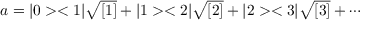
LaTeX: a = | 0 > < 1 | \sqrt { [ 1 ] } + | 1 > < 2 | \sqrt { [ 2 ] } + | 2 > < 3 | \sqrt { [ 3 ] } + \cdots